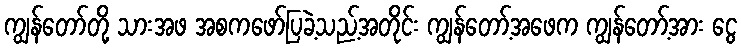
ကျွန်တော်တို့ သားအဖ အစကဖော်ပြခဲ့သည့်အတိုင်း ကျွန်တော့်အဖေက ကျွန်တော့်အား ငွေ